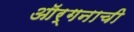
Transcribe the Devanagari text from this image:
ऑर्गनाची